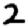
Digit: 2